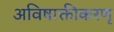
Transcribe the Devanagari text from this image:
अविषाक्तीकरणृ